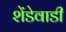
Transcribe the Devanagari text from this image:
शेंडेवाडी